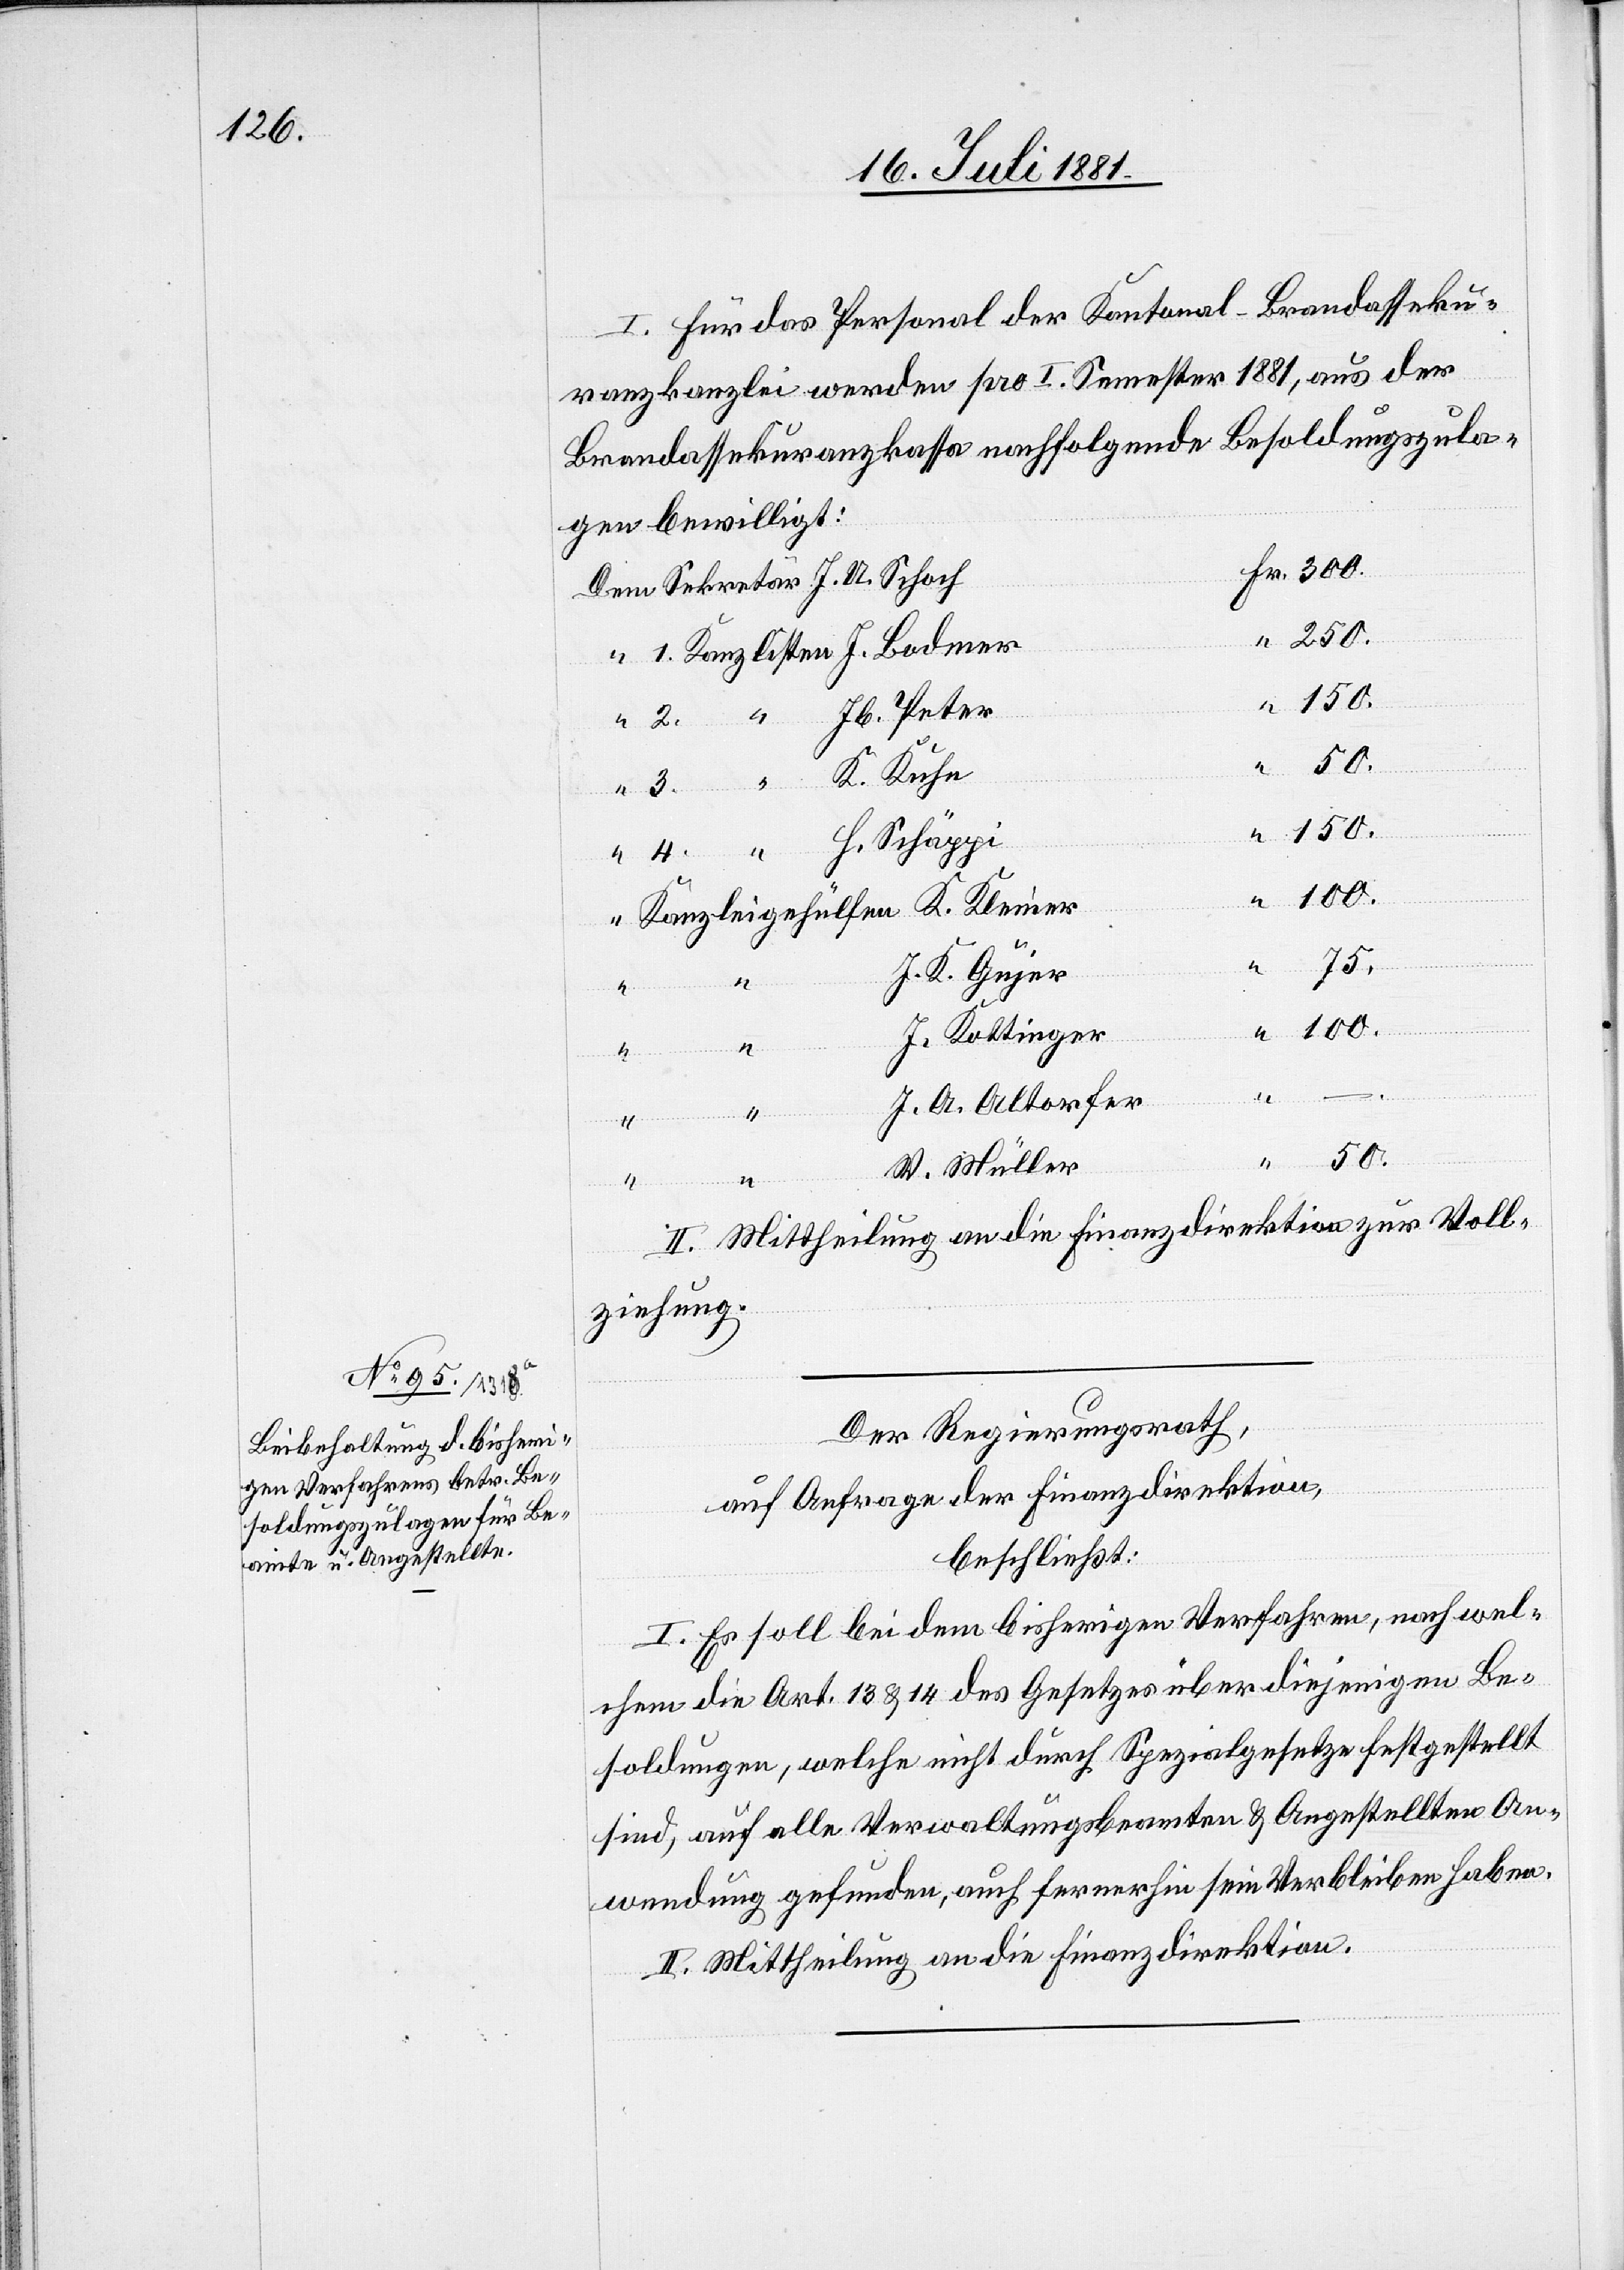
I. Für das Personal der Kantonal-Brandasseku¬
ranzkanzlei werden pro I. Semester 1881, aus der
Brandassekuranzkassa nachfolgende Besoldungszula¬
gen bewilligt:
Jb. Peter
150.
2.
100.
75.
J. K. Gujer
J. Kottinger
H.
K. Kleiner
J.
J. A. Altorfer
Fr.
50.
–
4.
W. Müller
II. Mittheilung an die Finanzdirektion zur Voll¬
ziehung.
Der Regierungsrath,
die Anfrage der Finanzdirektion,
beschließt:
I. Es soll bei dem bisherigen Verfahren, nach wel¬
chem die Art. 13 & 14 des Gesetzes über diejenigen Be¬
soldungen, welche nicht durch Spezialgesetze festgestellt
sind, auf alle Verwaltungsbeamten & Angestellten An¬
wendung gefunden, auch fernerhin sein Verbleiben haben.
II. Mittheilung an die Finanzdirektion.